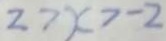
2 7 x > - 2